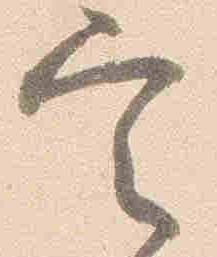
定